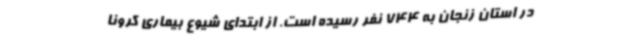
در استان زنجان به 744 نفر رسیده است. از ابتدای شیوع بیماری کرونا